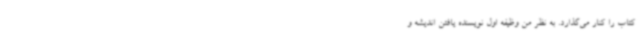
کتاب را کنار می‌گذارد. به نظر من وظیفه اول نویسنده یافتن اندیشه و